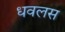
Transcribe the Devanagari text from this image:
धवलस